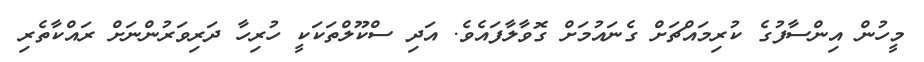
މީހުން އިންސާފުގެ ކުރިމައްޗަށް ގެނައުމަށް ގޮވާލާފައެވެ. އަދި ސްކޫލްތަކަކީ ހުރިހާ ދަރިވަރުންނަށް ރައްކާތެރި